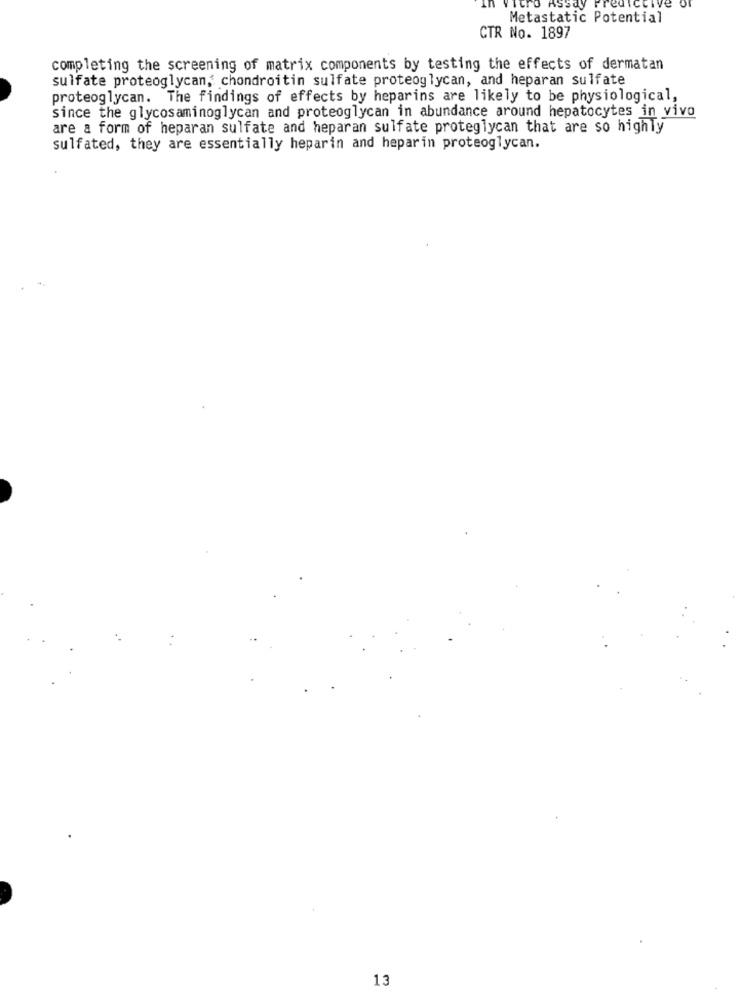
tro
.CIve
Metastatic Potential
CTR No. 1897
completing the screening of matrix components by testing the effects of dermatan
sulfate proteoglycan, chondroitin sulfate proteoglycan, and heparan sulfate
proteoglycan. The findings of effects by heparins are likely to be physiological,
since the glycosaminoglycan and proteoglycan in abundance around hepatocytes in vivo
are a form of heparan sulfate and heparan sulfate proteglycan that are so highly
sulfated, they are essentially heparin and heparin proteoglycan.
13